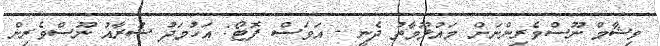
ވިޝާމް ނޫސްވެރިންނަށް މައުލޫމާތު ދެނީ - އަވަސް ފޮޓޯ: އަހުމަދު ޝުރާއު ނޫސްވެރިން